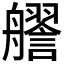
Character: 𧭔